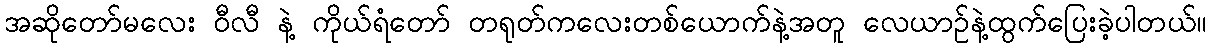
အဆိုတော်မလေး ဝီလီ နဲ့ ကိုယ်ရံတော် တရုတ်ကလေးတစ်ယောက်နဲ့အတူ လေယာဉ်နဲ့ထွက်ပြေးခဲ့ပါတယ်။